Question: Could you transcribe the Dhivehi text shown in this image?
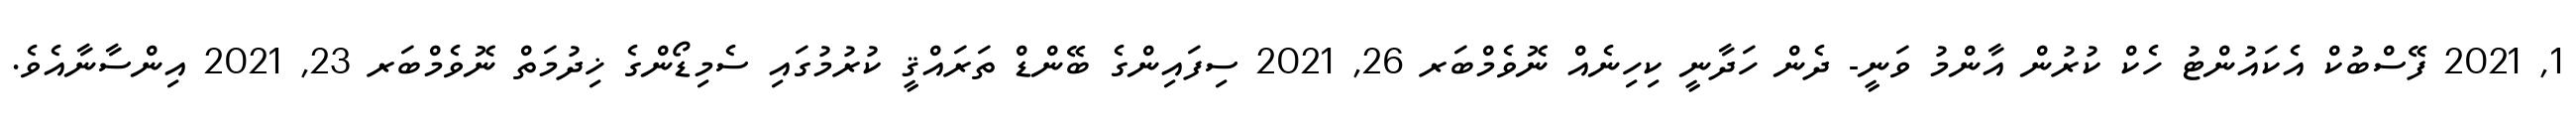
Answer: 1, 2021 ފޭސްބުކް އެކައުންޓު ހެކް ކުރުން އާންމު ވަނީ- ދެން ހަދާނީ ކިހިނެއް ނޮވެމްބަރ 26, 2021 ސިފައިންގެ ބޭންޑް ތަރައްޤީ ކުރުމުގައި ސެމިޑޯންގެ ޚިދުމަތް ނޮވެމްބަރ 23, 2021 އިންސާނާއެވެ.